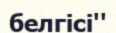
белгісі''